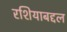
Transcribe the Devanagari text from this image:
रशियाबद्दल